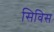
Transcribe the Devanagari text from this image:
सिविस